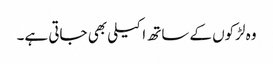
وہ لڑکوں کےساتھ اکیلی بھی جاتی ہے۔